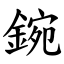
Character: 鋺